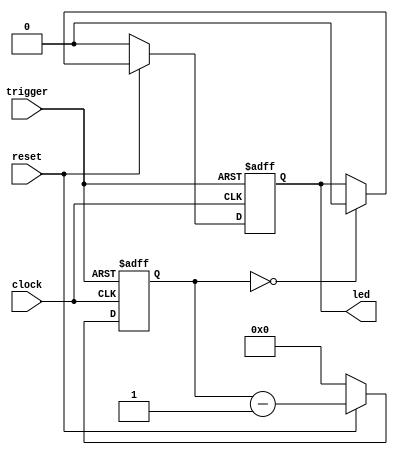
module trigger_led
	(
		input trigger,
		input clock,
		input reset,
		output reg led
	);

	reg [23:0] counter;

	always @(posedge trigger or negedge clock) begin
		if (trigger) begin
			led <= 1;
			counter <= 1_000_000;
		end else begin
			if (~reset) begin
				counter <= 0;
				led <= 0;
			end else begin
				if (counter == 0) begin
					led <= 0;
				end
				counter <= counter - 1;
			end
		end
	end
endmodule